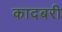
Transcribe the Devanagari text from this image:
कादबरी